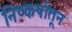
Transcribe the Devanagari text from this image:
निष्कर्षातून